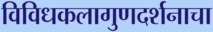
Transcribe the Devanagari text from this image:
विविधकलागुणदर्शनाचा